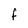
Character: F